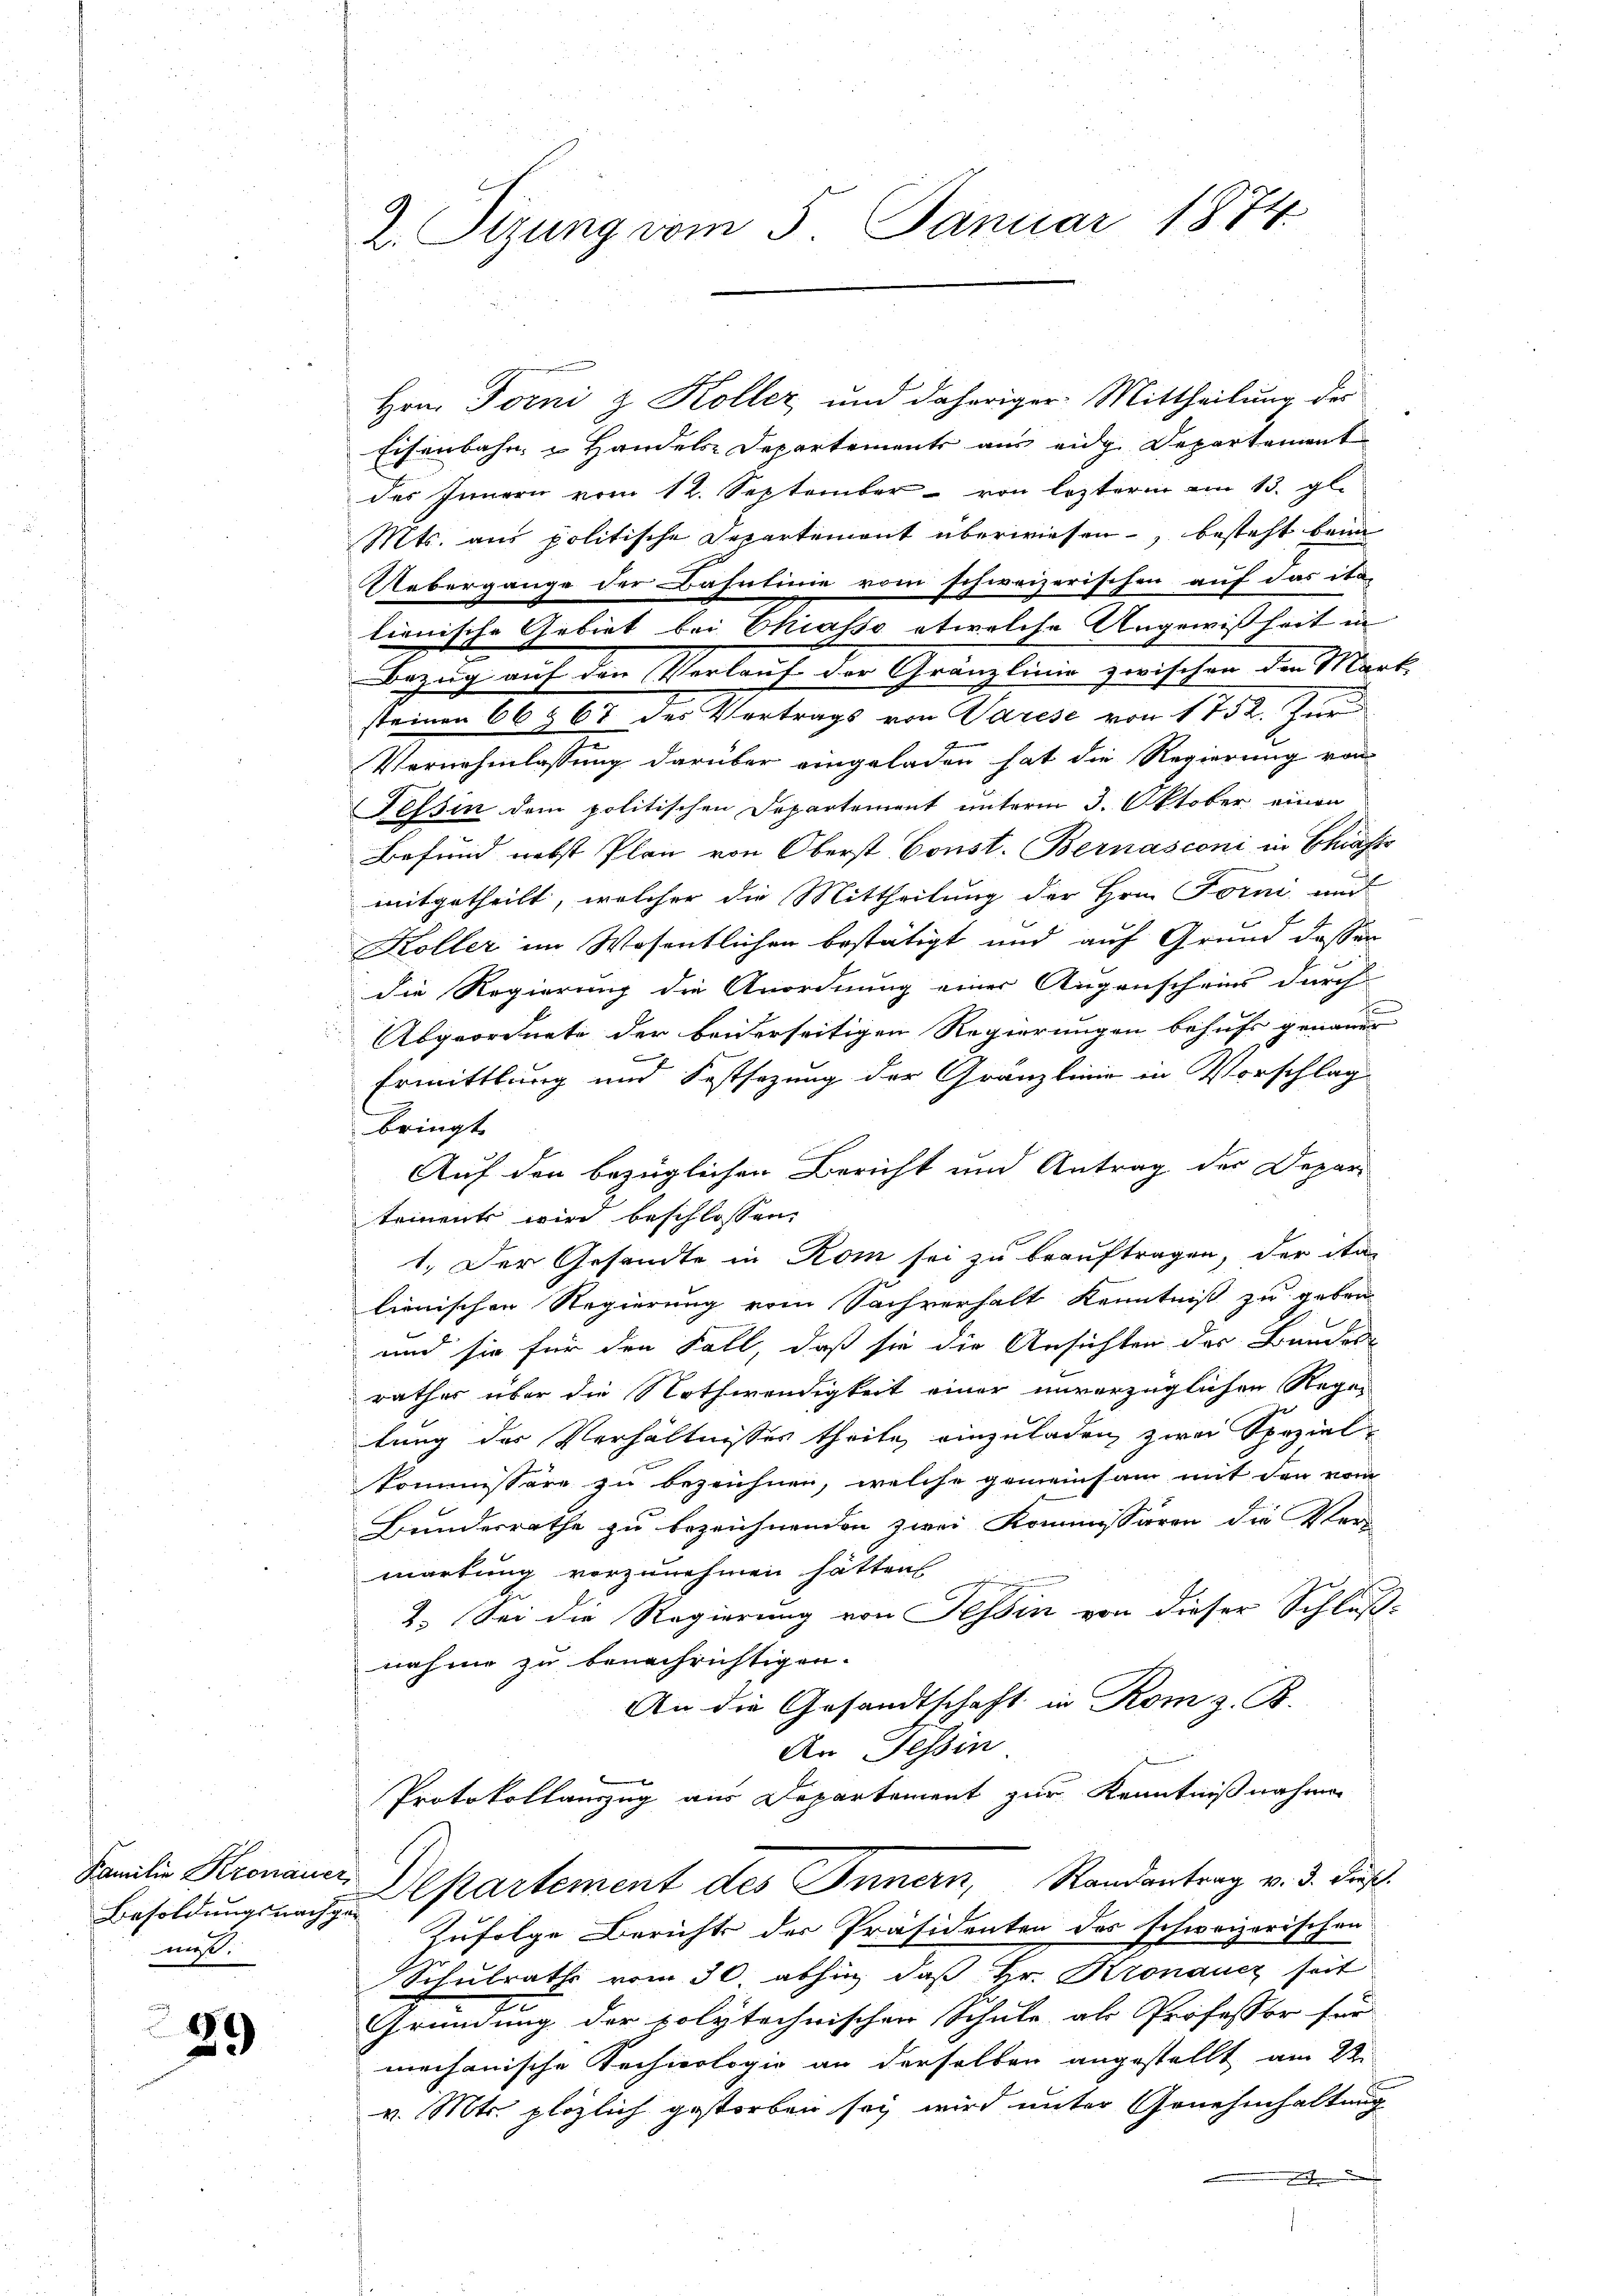
Besoldungsnachge-
muß.

29

Z. Sizung vom 5. Januar 1874.

Hrn. Torni z. Koller und daheriger Mittheilung der
Eisenbahn u Handels-Departement aus eidg. Departement
des Innern vom 12. September von lezterm am 13. gl.
Mts. aus politische Departement überwiesen, besteht beim
Uebergange der Bahntinie vom schweizerischen auf das ita-
lienische Gebiet bei Ekiasso etwelche Ungewißheit in
Bezug auf den Verlauf der Gränzlinie zwischen den Mart
steinen 66 § 67 des Vertrags von Varese von 1752. Feri
2
Vernehmlassung darüber eingeladen hat die Regierung von
Tessin dem politischen Departement unterm 3. Oktober einen
Befund nebst Plan von Oberst Const. Bernasconi in Chiafts
mitgetheilt, welcher die Mittheilung der Hrn. Forni und
Koller im Wesentlichen bestätigt und auf Grund dessen
die Regierung die Anordnung einer Augenscheins durch
Abgeordnete der beiderseitigen Regierungen behufs genauen
x
Ermittlung und Festsezung der Gränzlinie in Vorschlag
bringt
Auf den bezüglichen Bericht und Antrag der Depar
tements wird beschlossen:
1. Der Gesandte in Rom sei zu beauftragen, der ita-
lienischen Regierung vom Sachverhalt Kenntniß zu geben
und sie für den Fall, daß sie die Ansichten der Bundes-
rathes über die Nothwendigkeit einer unverzüglichen Rege
lung der Verhältnisses theile, einzuladen zwei Speziel¬
Kommissäre zu bezeichnen, welche gemeinsam mit den vom
Bundesrathe zu bezeichnenden zwei Kommissären die Ver
wartung vorzunehmen hätten
1. Sei die Regierung von Tessin von dieser Schluß-
nahme zu benachrichtigen.
An die Gesandtschaft in Rom z. B.
An Tessin
Protokollauszug aus Departement zur Kenntnißnahmen
Familie Kronauer Departement des Innern, Randantrag v. 3. Just
Zufolge Berichts der Präsidenten des schweizerischen
Schulraths vom 30. abhin, daß Hr. Kronaucz seit
Gründung der polytechnischen Schule als Professor für
mechanische Rechnologie an derselben angestellt am 23.
v. Mts. plözlich gestorben sey wird unter Genehmhaltung
.